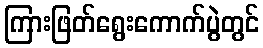
ကြားဖြတ်ရွေးကောက်ပွဲတွင်